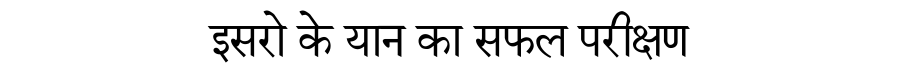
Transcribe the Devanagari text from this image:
इसरो के यान का सफल परीक्षण